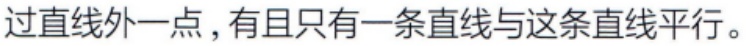
过直线外一点，有且只有一条直线与这条直线平行。